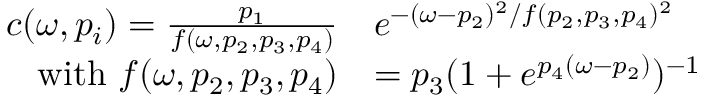
\begin{array} { r l } { c ( \omega , p _ { i } ) = \frac { p _ { 1 } } { f ( \omega , p _ { 2 } , p _ { 3 } , p _ { 4 } ) } } & { e ^ { - ( \omega - p _ { 2 } ) ^ { 2 } / f ( p _ { 2 } , p _ { 3 } , p _ { 4 } ) ^ { 2 } } } \\ { \mathrm { w i t h } ~ f ( \omega , p _ { 2 } , p _ { 3 } , p _ { 4 } ) } & { = p _ { 3 } ( 1 + e ^ { p _ { 4 } ( \omega - p _ { 2 } ) } ) ^ { - 1 } } \end{array}